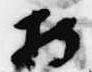
持